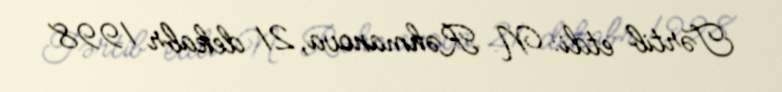
Tərtib etdi: N. Rəhmanova, 21 dekabr 1998